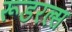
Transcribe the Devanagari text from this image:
रूडरल्स